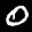
Label: 0